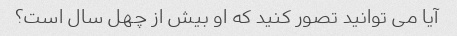
آیا می توانید تصور کنید که او بیش از چهل سال است؟